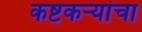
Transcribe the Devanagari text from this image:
कष्टकऱ्यांचा